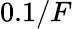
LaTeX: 0.1/F